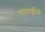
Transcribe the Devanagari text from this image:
चामखीळ